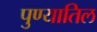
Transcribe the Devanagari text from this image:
पुण्यातिल